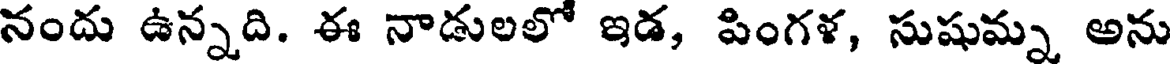
నందు ఉన్నది. ఈ నాడులలో ఇడ, పింగళ, సుషుమ్న అను